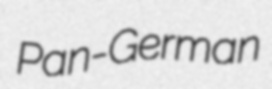
Pan-German